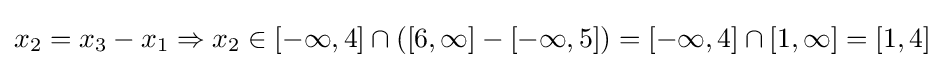
x_{2}=x_{3}-x_{1}\Rightarrow x_{2}\in [-\infty ,4]\cap ([6,\infty ]-[-\infty ,5])=[-\infty ,4]\cap [1,\infty ]=[1,4]